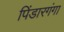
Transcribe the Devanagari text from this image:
पिंडारगंगा